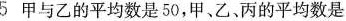
5 甲与乙的平均数是501,甲、乙、丙的平均数是